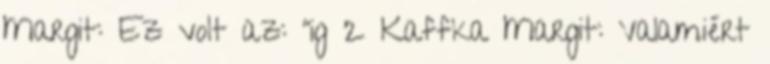
Margit: Ez volt az: "ig 2 Kaffka Margit: Valamiért